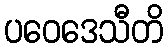
ပဝေဒေသီတိ